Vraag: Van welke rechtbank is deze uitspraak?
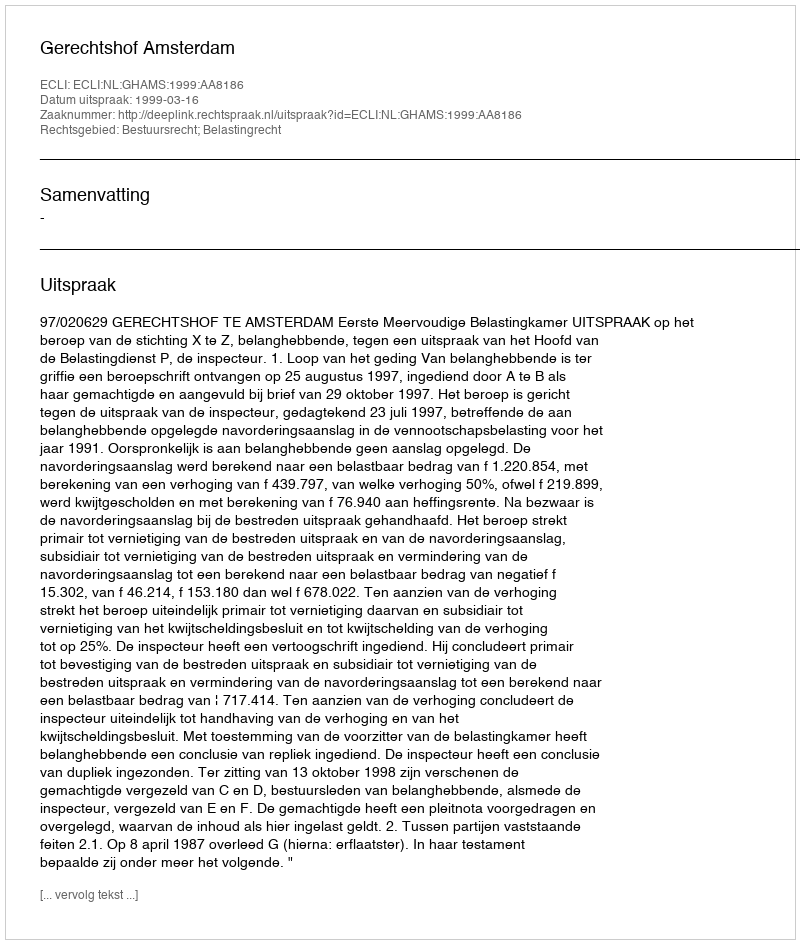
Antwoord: Gerechtshof Amsterdam